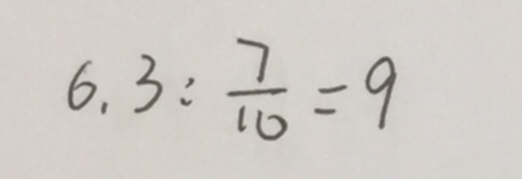
6 . 3 : \frac { 7 } { 1 0 } = 9